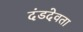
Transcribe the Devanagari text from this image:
दंडदेवता